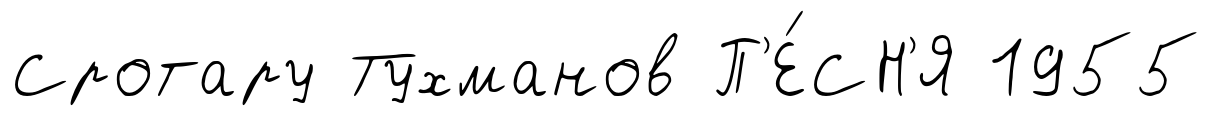
Сротару Тухманов П'Е́СН'Я 1955